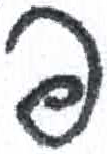
אות: פ